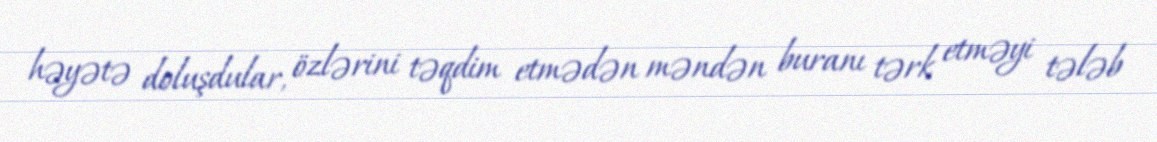
həyətə doluşdular, özlərini təqdim etmədən məndən buranı tərk etməyi tələb